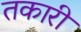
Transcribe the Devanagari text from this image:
तकारी